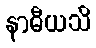
နာဓီယသိ